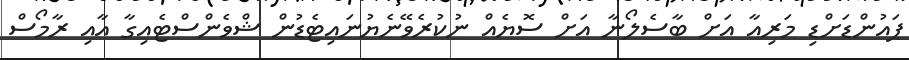
ޕައުންޑަށްޑި މަރިއާ އަށް ބާސެލޯނާ އަށް ސޮޔެއް ނުކުރެވޭނެޔުނައިޓެޑުން ޝްވެންސްޓެއިގާ އާއި ރާމޯސް